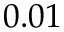
0 . 0 1